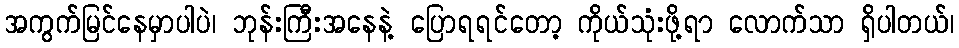
အကွက်မြင်နေမှာပါပဲ၊ ဘုန်းကြီးအနေနဲ့ ပြောရရင်တော့ ကိုယ်သုံးဖို့ရာ လောက်သာ ရှိပါတယ်၊